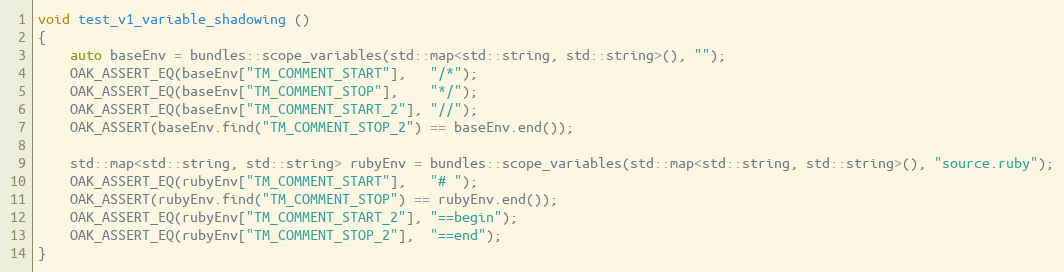
Language: C++
void test_v1_variable_shadowing ()
{
	auto baseEnv = bundles::scope_variables(std::map<std::string, std::string>(), "");
	OAK_ASSERT_EQ(baseEnv["TM_COMMENT_START"],   "/*");
	OAK_ASSERT_EQ(baseEnv["TM_COMMENT_STOP"],    "*/");
	OAK_ASSERT_EQ(baseEnv["TM_COMMENT_START_2"], "//");
	OAK_ASSERT(baseEnv.find("TM_COMMENT_STOP_2") == baseEnv.end());

	std::map<std::string, std::string> rubyEnv = bundles::scope_variables(std::map<std::string, std::string>(), "source.ruby");
	OAK_ASSERT_EQ(rubyEnv["TM_COMMENT_START"],   "# ");
	OAK_ASSERT(rubyEnv.find("TM_COMMENT_STOP") == rubyEnv.end());
	OAK_ASSERT_EQ(rubyEnv["TM_COMMENT_START_2"], "==begin");
	OAK_ASSERT_EQ(rubyEnv["TM_COMMENT_STOP_2"],  "==end");
}